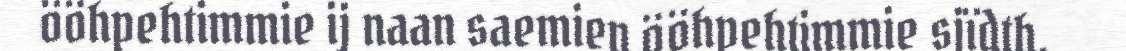
ööhpehtimmie ij naan saemien ööhpehtimmie sjïdth,